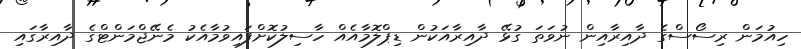
ހިއުމަން ރިސޯސްގެ ދާއިރާއިން ނުވަތަ ގުޅޭ ދާއިރާއަކުން ޑިޕްލޮމާއެއް ހާސިލުކޮށްފައިވުމާއެކު މެނޭޖްމަންޓްގެ ދާއިރާގައި